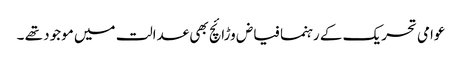
عوامی تحریک کے رہنما فیاض وڑائچ بھی عدالت میں موجود تھے ۔